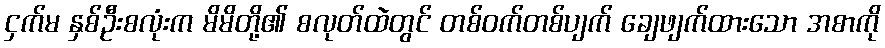
ငှက်မ နှစ်ဦးစလုံးက မိမိတို့၏ စလုတ်ထဲတွင် တစ်ဝက်တစ်ပျက် ချေဖျက်ထားသော အစာကို